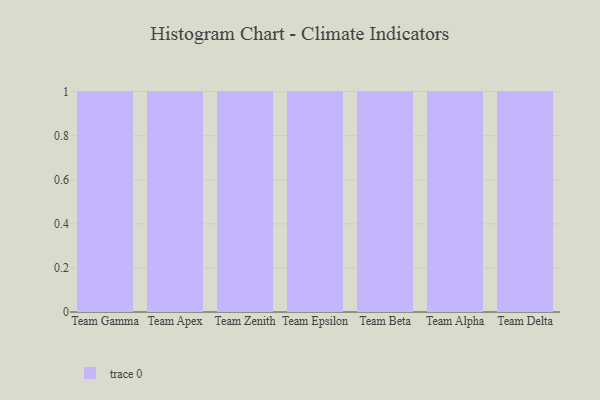
{"axis": {"x": "Team", "y": "Satisfaction Score"}, "legend": [""], "data": [{"x": "Team Gamma", "y": 56, "type": ""}, {"x": "Team Apex", "y": 95, "type": ""}, {"x": "Team Zenith", "y": 62, "type": ""}, {"x": "Team Epsilon", "y": 34, "type": ""}, {"x": "Team Beta", "y": 32, "type": ""}, {"x": "Team Alpha", "y": 32, "type": ""}, {"x": "Team Delta", "y": 35, "type": ""}]}